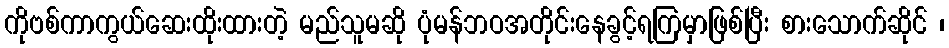
ကိုဗစ်ကာကွယ်ဆေးထိုးထားတဲ့ မည်သူမဆို ပုံမန်ဘဝအတိုင်းနေခွင့်ရကြမှာဖြစ်ပြီး စားသောက်ဆိုင် ၊